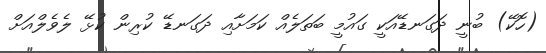
(ހޮކޭ) ބުނީ ދަގަނޑޭއަކީ ގައުމީ ބަތަލެއް ކަމަށާއި ދަގަނޑޭ ކުރިން ކުޅޭ ލެވެލްއަށް